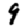
Digit: 9